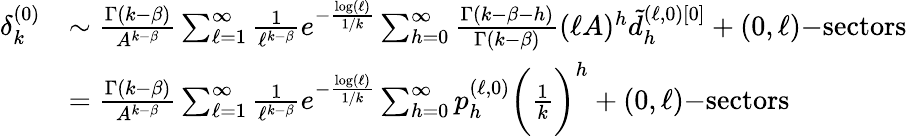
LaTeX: \begin{array}{rl}{\delta_{k}^{(0)}}&{\sim\frac{\Gamma(k-\beta)}{A^{k-\beta}}\sum_{\ell=1}^{\infty}\frac{1}{\ell^{k-\beta}}e^{-\frac{\log(\ell)}{1/k}}\sum_{h=0}^{\infty}\frac{\Gamma(k-\beta-h)}{\Gamma(k-\beta)}(\ell A)^{h}\tilde{d}_{h}^{(\ell,0)[0]}+(0,\ell)\mathrm{-sectors}}\\ &{=\frac{\Gamma(k-\beta)}{A^{k-\beta}}\sum_{\ell=1}^{\infty}\frac{1}{\ell^{k-\beta}}e^{-\frac{\log(\ell)}{1/k}}\sum_{h=0}^{\infty}p_{h}^{(\ell,0)}\bigg(\frac{1}{k}\bigg)^{h}+(0,\ell)\mathrm{-sectors}}\end{array}